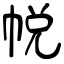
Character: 帨